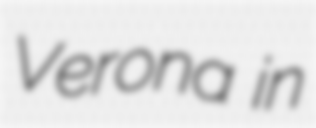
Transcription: Verona in